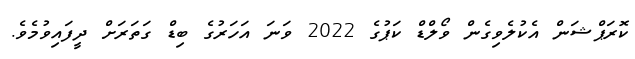
ކޮރަޕްޝަން އެކުލެވިގެން ވޯލްޑް ކަޕުގެ 2022 ވަނަ އަހަރުގެ ބިޑް ގަތަރަށް ދީފައިވުމެވެ.